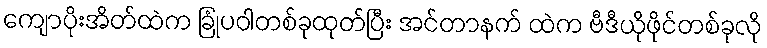
ကျောပိုးအိတ်ထဲက ခြုံပဝါတစ်ခုထုတ်ပြီး အင်တာနက် ထဲက ဗီဒီယိုဖိုင်တစ်ခုလို